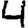
Digit: 4